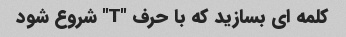
کلمه ای بسازید که با حرف "T" شروع شود